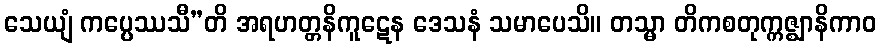
သေယျံ ကပ္ပေဿသီ”တိ အရဟတ္တနိကူဋေန ဒေသနံ သမာပေသိ။ တသ္မာ တိကစတုက္ကဇ္ဈာနိကာဝ